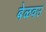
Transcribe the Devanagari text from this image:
बेळवउ